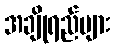
အချိုရည်များ